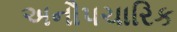
અનૌપચારિક